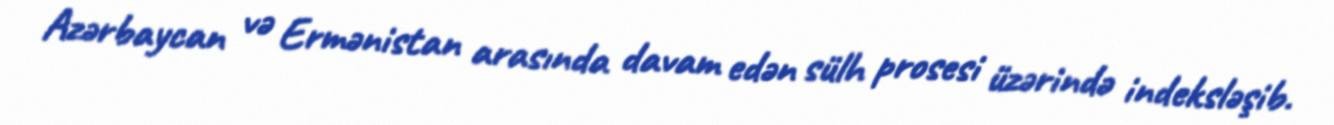
Azərbaycan və Ermənistan arasında davam edən sülh prosesi üzərində indeksləşib.